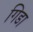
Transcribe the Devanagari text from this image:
गिडा